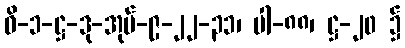
ဝိ-၁-ဋ္ဌ-ဒု-အုပ်-၉-၂၂-၃၁၊ ပါ-၈၈၊ ဋ္ဌ-၂၀ ၌